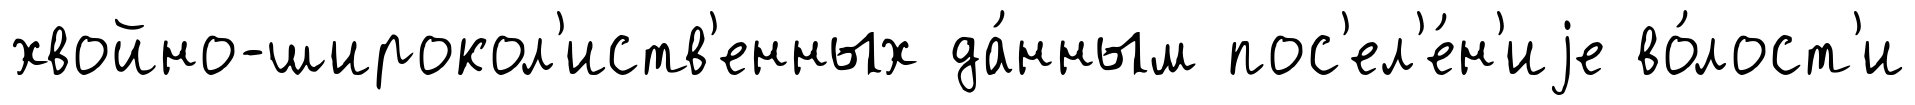
хвойно-широкол'иств'енных да́нным пос'ел'е́н'иjе во́лост'и